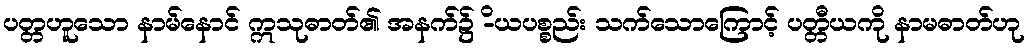
ပတ္တဟူသော နာမ်နောင် ဣသုဓာတ်၏ အနက်၌ -ိယပစ္စည်း သက်သောကြောင့် ပတ္တီယကို နာမဓာတ်ဟု